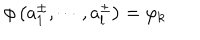
\phi \left( a _ { 1 } ^ { \pm } , \cdots , a _ { l } ^ { \pm } \right) = \varphi _ { \mathbf { k } }